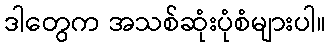
ဒါတွေက အသစ်ဆုံးပုံစံများပါ။